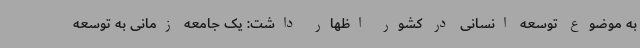
به موضوع توسعه انسانی در کشور اظهار داشت: یک جامعه زمانی به توسعه